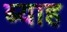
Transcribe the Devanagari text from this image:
ब्‍याह